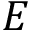
E